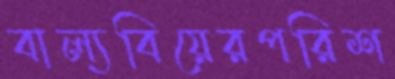
বাল্যবিয়েরপরিশ